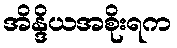
အိန္ဒိယအစိုးရက